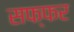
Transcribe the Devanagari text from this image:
सफ्फर